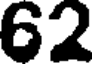
62